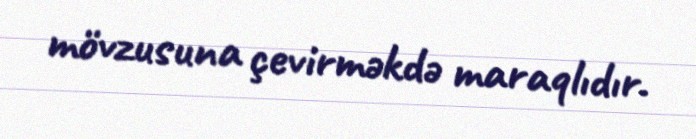
mövzusuna çevirməkdə maraqlıdır.